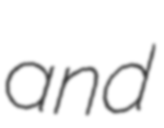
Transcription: and